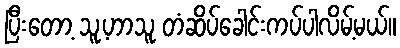
ပြီးတော့ သူ့ဟာသူ တံဆိပ်ခေါင်းကပ်ပါလိမ့်မယ်။